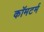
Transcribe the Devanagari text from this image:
कॉमटर्म